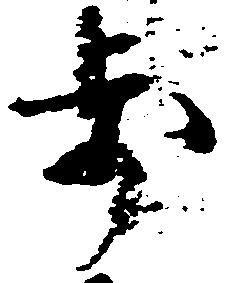
歩